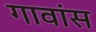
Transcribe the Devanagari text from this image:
गावांस